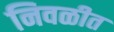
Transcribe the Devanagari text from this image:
निवळीत